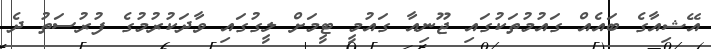
އޭޝިއާގެ ބައެއް ގައުމުތަކުގައި ޖޫނިއާ ގައުމީ ޓީމަށް ލީގުގައި ވާދަކުރުމުގެ ފުރުސަތު ދެ